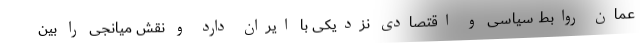
عمان روابط سیاسی و اقتصادی نزدیکی با ایران دارد و نقش میانجی را بین